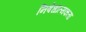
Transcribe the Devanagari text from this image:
निषेधात्मकता